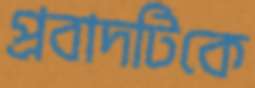
প্রবাদটিকে